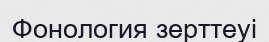
Фонология зерттеуі